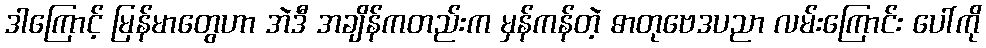
ဒါကြောင့် မြန်မာတွေဟာ အဲဒီ အချိန်ကတည်းက မှန်ကန်တဲ့ ဓာတုဗေဒပညာ လမ်းကြောင်း ပေါ်ကို